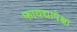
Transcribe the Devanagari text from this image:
फायद्यापेक्षा